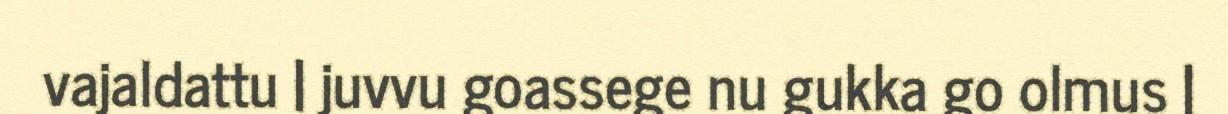
vajaldattu | juvvu goassege nu gukka go olmus |